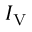
I _ { \mathrm { V } }